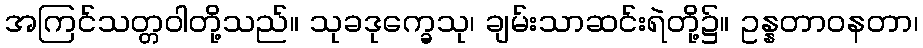
အကြင်သတ္တဝါတို့သည်။ သုခဒုက္ခေသု၊ ချမ်းသာဆင်းရဲတို့၌။ ဥန္နတာဝနတာ၊